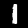
Label: 1